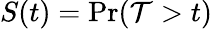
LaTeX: S(t)=\operatorname*{Pr}(\mathcal{T}>t)